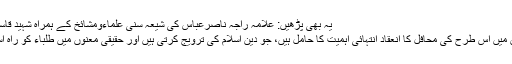
یہ بھی پڑھیں: علامہ راجہ ناصرعباس کی شیعہ سنی علماءومشائخ کے ہمراہ شہید قاسم سلیمانی کے مرقد پر حاضری
شرکاء نے کہا کہ تعلیمی اداروں میں اس طرح کی محافل کا انعقاد انتہائی اہمیت کا حامل ہیں، جو دین اسلام کی ترویج کرتی ہیں اور حقیقی معنوں میں طلباء کو راہ اسلام کی طرف گامزن کرتی ہیں۔